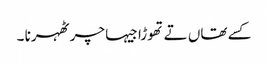
کسے تھاں تے تھوڑا جیہا چر ٹھہرنا ۔